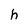
Character: h